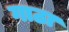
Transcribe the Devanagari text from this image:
गाठा